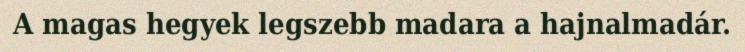
A magas hegyek legszebb madara a hajnalmadár.